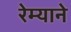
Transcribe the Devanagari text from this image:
रेम्याने